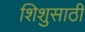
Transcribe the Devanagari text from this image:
शिशुसाठी